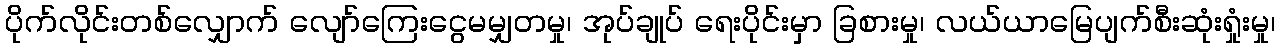
ပိုက်လိုင်းတစ်လျှောက် လျော်ကြေးငွေမမျှတမှု၊ အုပ်ချုပ် ရေးပိုင်းမှာ ခြစားမှု၊ လယ်ယာမြေပျက်စီးဆုံးရှုံးမှု၊